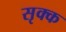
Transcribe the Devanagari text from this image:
सृक्क